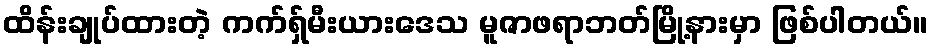
ထိန်းချုပ်ထားတဲ့ ကက်ရှ်မီးယားဒေသ မူဇာဖရာဘတ်မြို့နားမှာ ဖြစ်ပါတယ်။